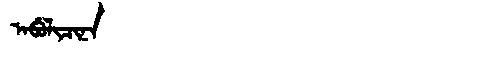
Manchu: ᠠᠪᡠᠯᡳᠴᡳᠨᠠ
Romanization: ABULICINA